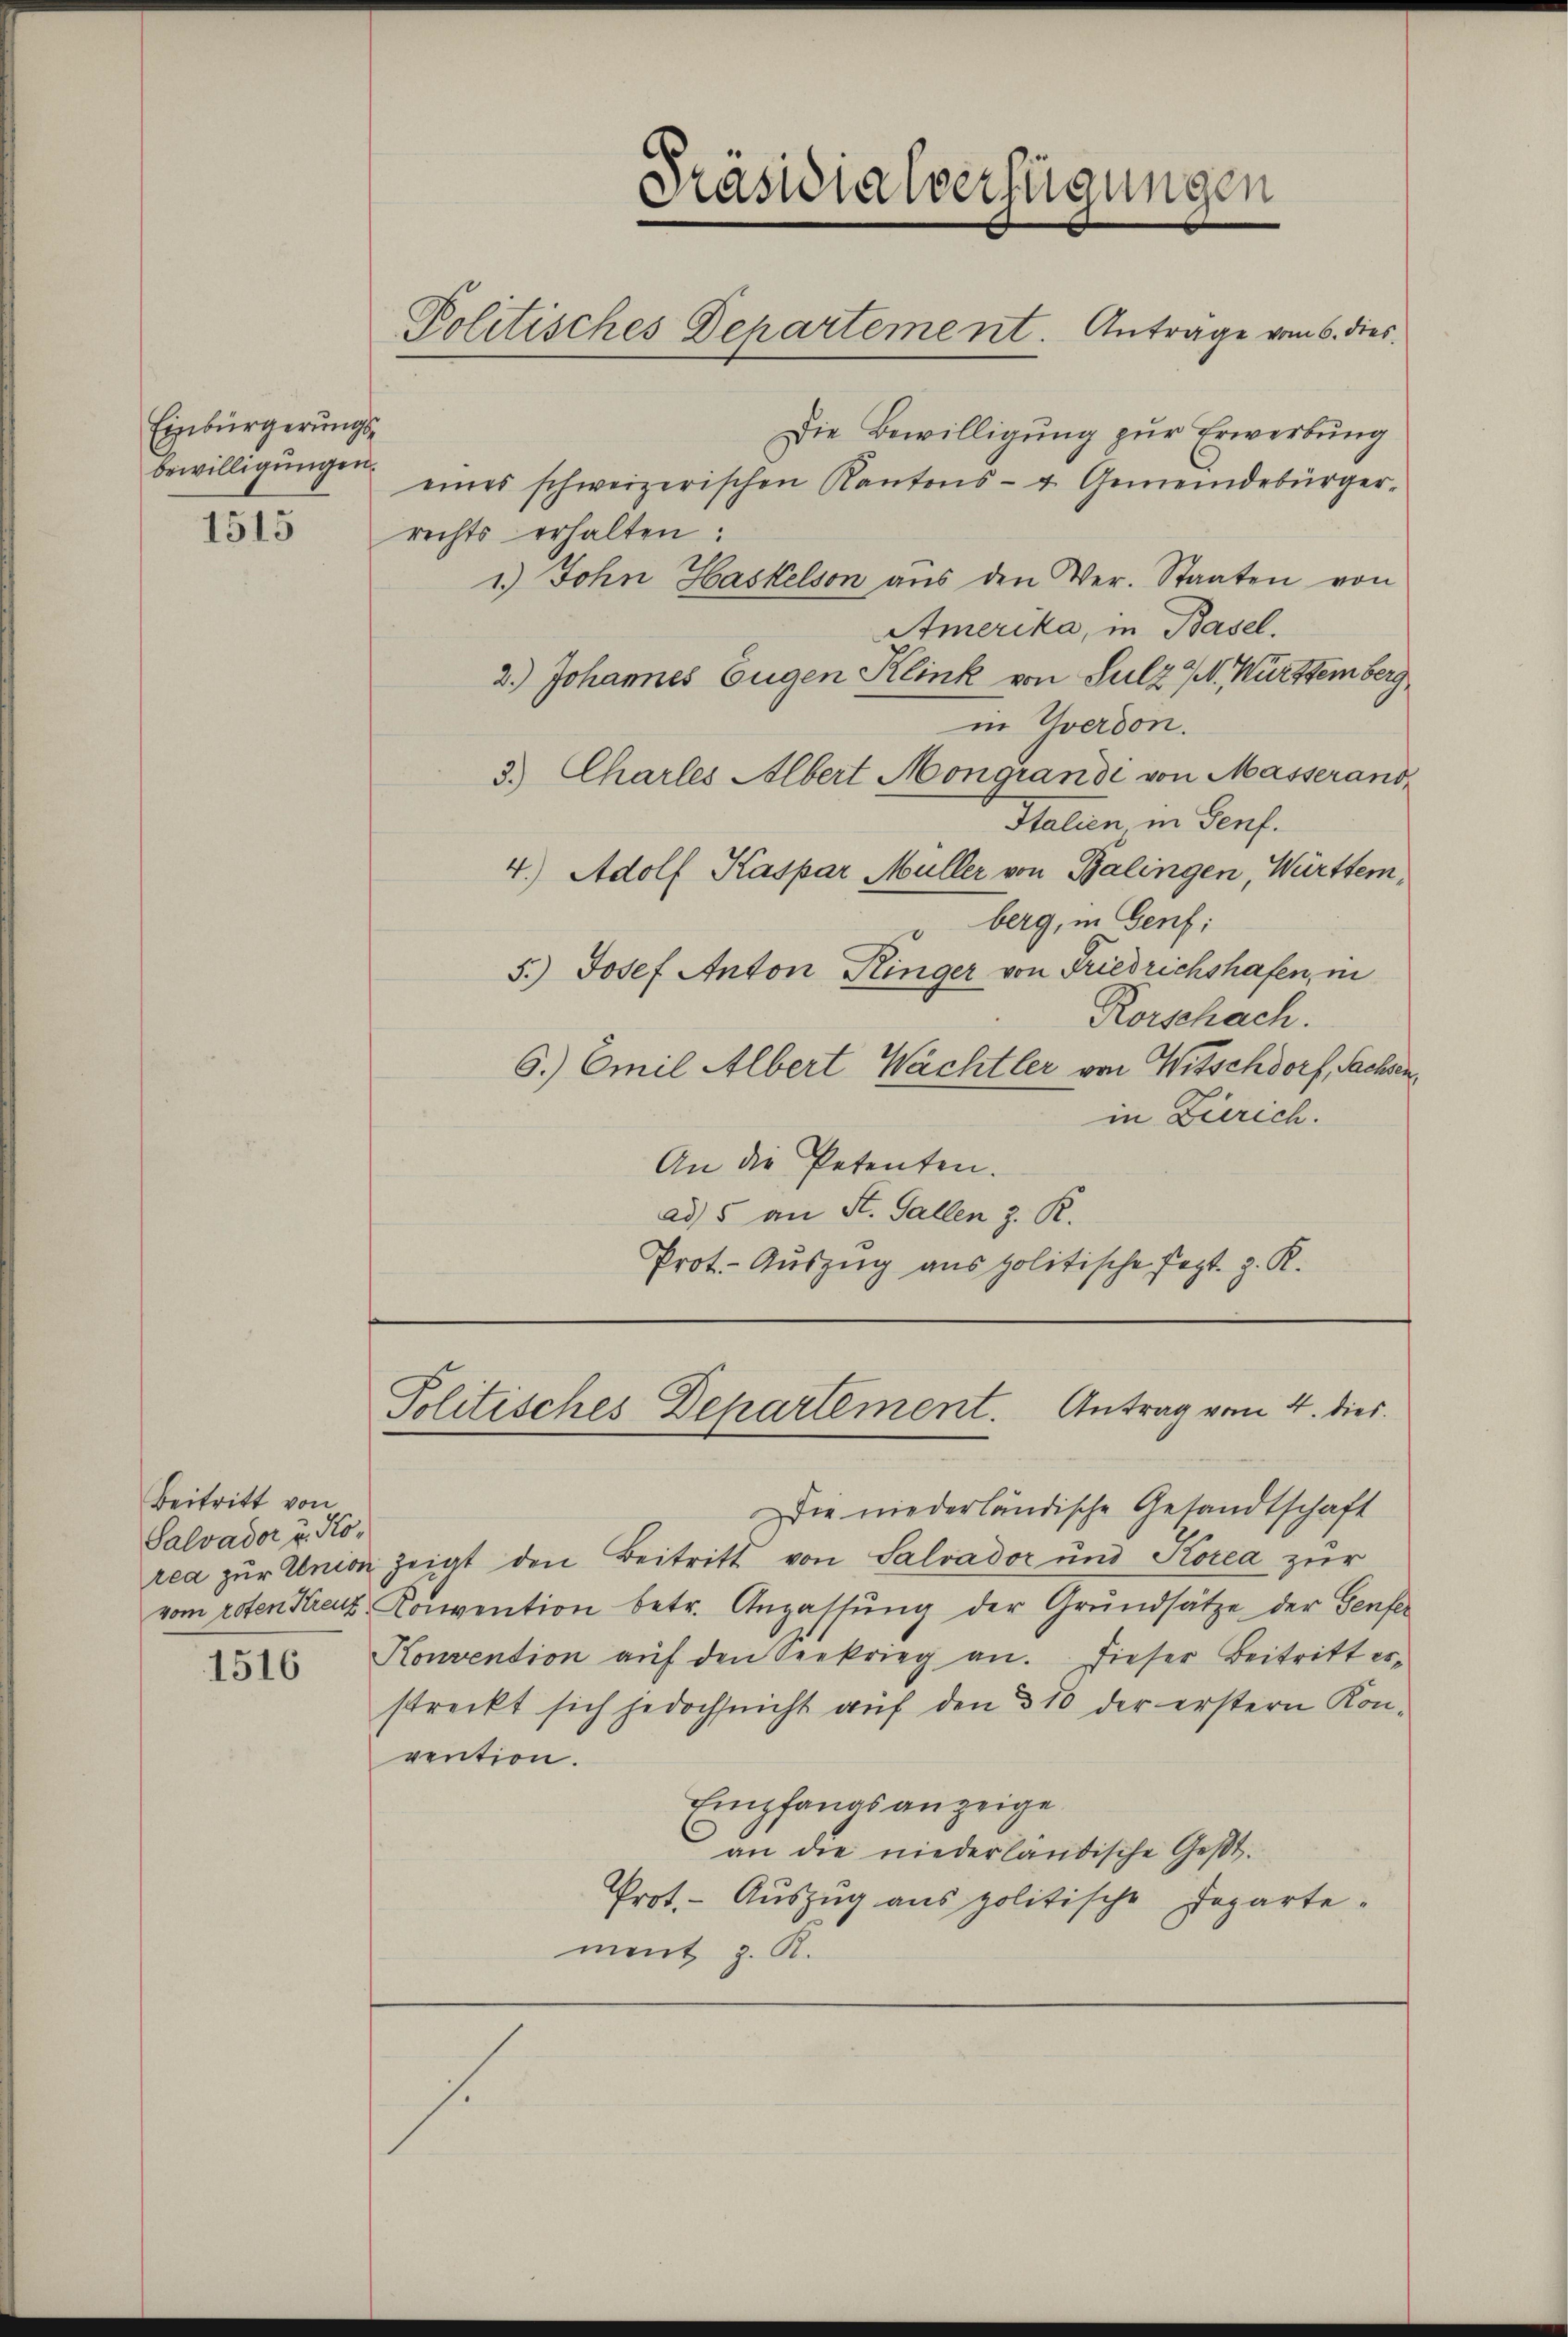
Einbürgerungs
bewilligungen.

1515

Beitritt von
Salvador u. Ko¬

1516

Kasidialverfügungen
Politisches Departement. Antrage vom 6. dies

Die Bewilligung zur Erwerbung
eines schweizerischen Kantons- u. Gemeindebürger-
rechts erhalten:
1.) John Haskelson aŭs den Ver- Staaten von
Amerika, in Basel.
2.) Johannes Eugen Klink von Sulz N. Württemberg
in Yverdon.
3.) Charles Albert Mongrandi von Masserano,
Italien in Genf.
4.) Adolf Kaspar Müller von Balingen, Württem¬
" berg, in Genf;
5.) Josef Anton Ringer von Friedrichshafen, in
Rorschach.
6.) Emil Albert Wächtler von Witschdorf, Sachsen.
in Zürich.
An die Petenten.
ad 5 an St. Gallen z. R.
Prot.- Auszug aus politische Fest z. R.

s.

Politisches Departement. Antrag vom 4. dies

ie niederländische Gesandtschaft
rea zur Union zeigt den Beitritt von Salvador und Korea zur
vom roten Kreut. Konvention betr. Anpassŭng der Grundsätze der Genfe
Konvention aŭf den Seekrieg an. Dieser Beitritt erstreckt sich jedoch nicht aŭf den 310 der erstern Kon-
vention.
Empfangsanzeige
an die niederländische Gest
Prot. - Aŭszŭg ans politische Departe-
ment z. R.